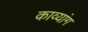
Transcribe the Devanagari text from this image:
काव्यांग